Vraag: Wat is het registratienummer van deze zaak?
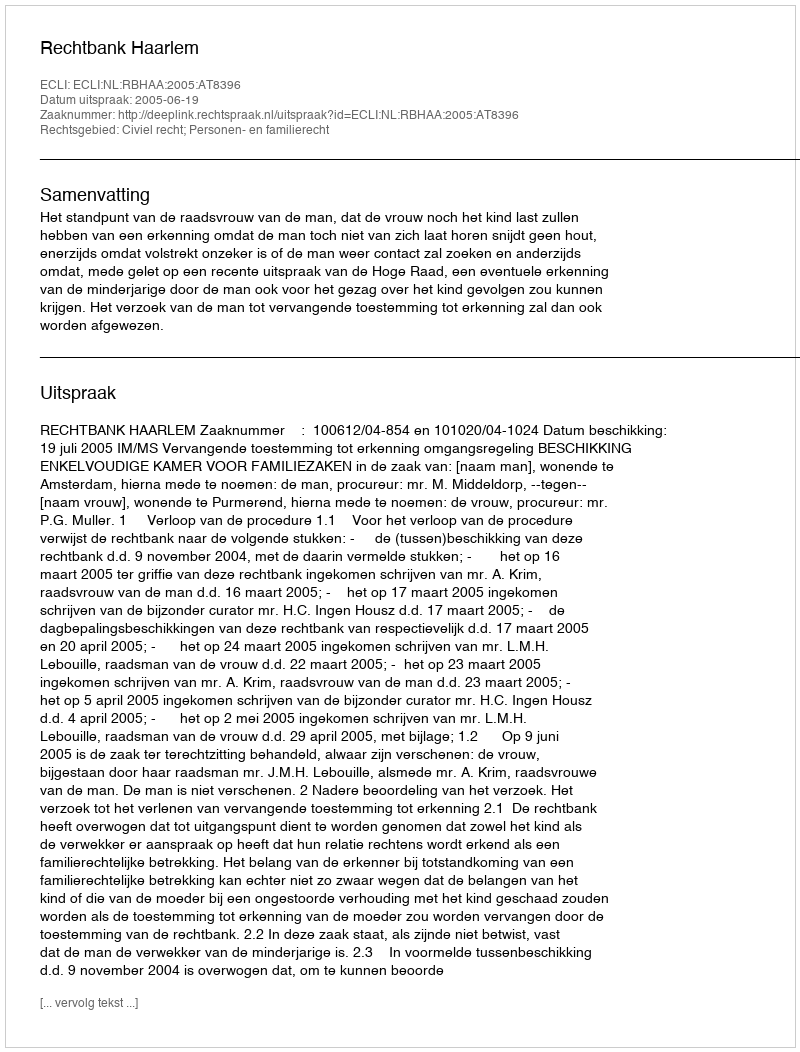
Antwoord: http://deeplink.rechtspraak.nl/uitspraak?id=ECLI:NL:RBHAA:2005:AT8396